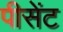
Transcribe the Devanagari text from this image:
पीसेंट